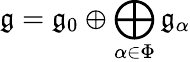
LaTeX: {\mathfrak{g}}={\mathfrak{g}}_{0}\oplus\bigoplus_{\alpha\in\Phi}{\mathfrak{g}}_{\alpha}